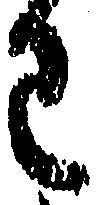
わ